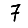
Digit: 7